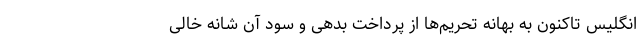
انگلیس تاکنون به بهانه تحریم‌ها از پرداخت بدهی و سود آن شانه خالی